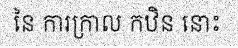
នៃ ការក្រាល កឋិន នោះ